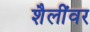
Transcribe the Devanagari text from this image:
शैलींवर